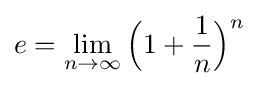
e=\lim _{n\to \infty }{\Big (}1+{\frac {1}{n}}{\Big )}^{n}